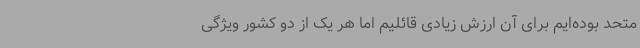
متحد بوده‌ایم برای آن ارزش زیادی قائلیم اما هر یک از دو کشور ویژگی